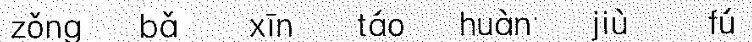
zǒng bǎ xīn táo huàn jiù fú